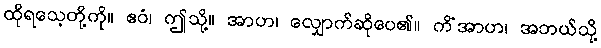
ထိုရသေ့တို့ကို။ ဧဝံ၊ ဤသို့။ အာဟ၊ လျှောက်ဆိုပေ၏။ ကိံအာဟ၊ အဘယ်သို့